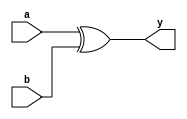
module sn74ls386(y, a, b);
input a, b;
reg r;
output y;
parameter

	// TI TTL data book Vol 1, 1985
	tPLH_min=0, tPLH_typ=20, tPLH_max=30, // worst case
	tPHL_min=0, tPHL_typ=13, tPHL_max=22;

	xor #(tPLH_min:tPLH_typ:tPLH_max,
		  tPHL_min:tPHL_typ:tPHL_max)
		(y, a, b);
endmodule